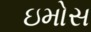
ઇમોસ